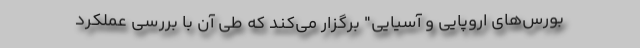
بورس‌های اروپایی و آسیایی" برگزار مي‌كند که طی آن با بررسی عملکرد